Leaving Certificate Examination, 1913
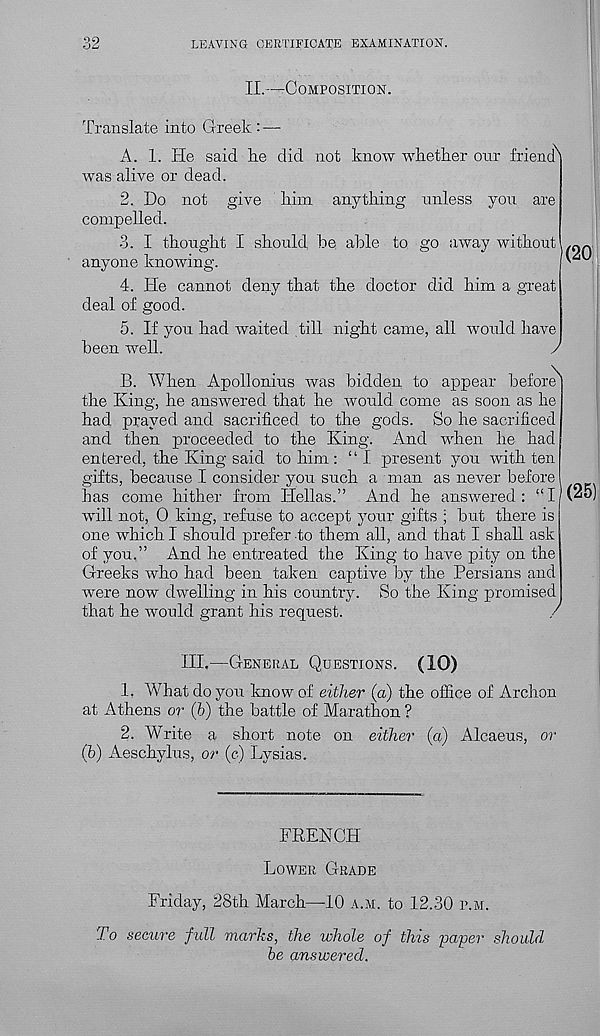
32
LEAVING CERTIFICATE EXAMINATION.
II.-—Composition.
Translate into Greek: —
A. 1. He said lie did not know wkether our friend^
was alive or dead.
2. Do not give Mm any tiring unless you are
compelled.
3. I thought I should be able to go away without
anyone knowing.
4. He cannot deny that the doctor did him a great
deal of good.
5. If you had waited till night came, all would have
been well.
J
B. When Apollonius was bidden to appear before 1
the King, he answered that he would come as soon as he
had prayed and sacrificed to the gods. So he sacrificed
and then proceeded to the King. And when he had
entered, the King said to him: “I present you with ten
gifts, because I consider you such a man as never before
has come hither from Hellas.” And he answered: “I
will not, 0 king, refuse to accept your gifts ; but there is
one which I should prefer to them all, and that I shall ask
of you,” And he entreated the King to have pity on the
Greeks who had been taken captive by the Persians and
were now dwelling in his country. So the King promised
that he would grant his request.
/
III.—General Questions. (10)
1. What do you know of either (a) the office of Archon
at Athens or (h) the battle of Marathon ?
2. Write a short note on either (a) Alcaeus, or
(h) Aeschylus, or (e) Lysias.
FRENCH
Lower Grade
Friday, 28th March—10 a.m. to 12.30 p.m.
To secure full marks, the whole of this paper should
he answered.